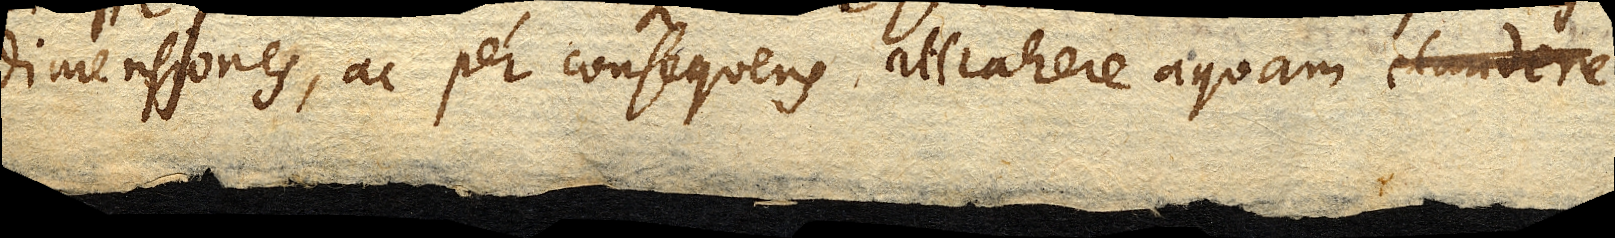
dimensiones, ac per consequens attrahere aquam claudere